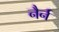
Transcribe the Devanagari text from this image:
नैर्न